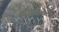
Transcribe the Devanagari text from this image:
फटाक्यांना